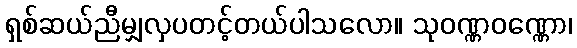
ရှစ်ဆယ်ညီမျှလှပတင့်တယ်ပါသလော။ သုဝဏ္ဏဝဏ္ဏော၊